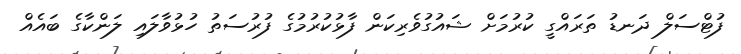
ފުޓްސަލް ދަނޑު ތަރައްގީ ކުރުމަށް ޝައުގުވެރިކަން ފާޅުކުރުމުގެ ފުރުސަތު ހުޅުވާލައި ލަންކާގެ ބައެއް